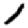
Digit: 1